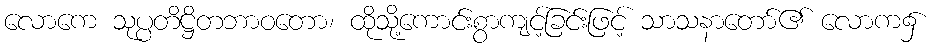
လောကေ သုပ္ပတိဋ္ဌိတဘာဝတော၊ ထိုသို့ကောင်းစွာကျင့်ခြင်းဖြင့် သာသနာတော်၏ လောက၌